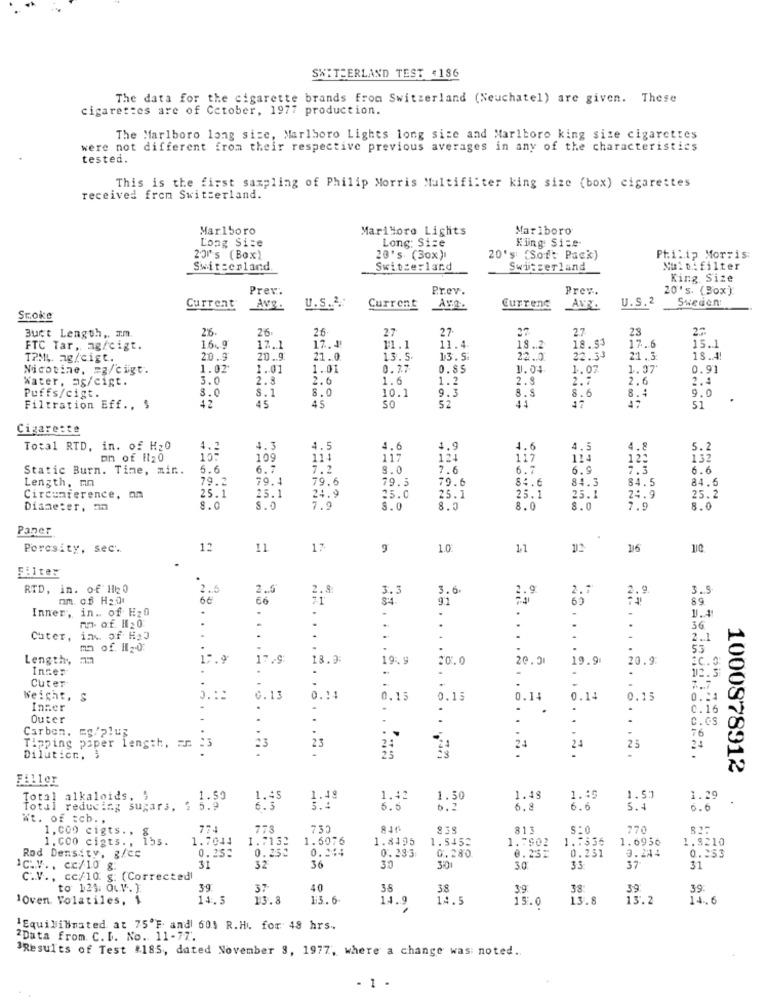
SWITZERLAND TEST <186
The data for the cigarette brands from Switzerland (Neuchatel) are given. These
cigarettes are of Cetober, 1977 production.
The Marlboro long sice, Marlboro Lights long size and Marlboro king size cigarettes
were not different from their respective previous averages in any of the characteristics
tested.
This is the first sampling of Philip Morris Multifilter king size (box) cigarettes
received from Switzerland.
Marlboro
MariMore Lights
Marlboro
Long Sice
Kiing: Size-
Long: Size
201's (Box)
20's (30x):
20's (Soft Pack)
Philip Morris:
Switzerland.
Switzerland
Switzerland
Nuit: filter
King Size
Prev:
P.r.ev.
Prev.
20's. (Box)
U.S.2
Sweden:
Current
Avg.
U.S.3 .:
Current
Ara.
Current
AVE.
Smoke
26.
26-
27
27
Buct Length ,. m.m.
26-
27
27-
18.53
23
FTC Tar, ag/cigt.
16.ª
17.1
17.4
11.4
18.2
17.6
15.1
TML ag/cigt.
20.9
20. 9
21.0
13.5.
13.5:
22.0
22.33
21.3
18.4
Nicotine, = g/cigt.
1.02'
1.01
1.01
0.77
0.85
1.04
1.07
1.37
0.91
Water, as/cigt.
3.0
2.8
2.6
1.6
1.2
2.9
2.7
2.6
2.4
8.0
$.1
8.0
9.3
8.6
8.4
9.0
Puffs/cigt.
10.1
.
Filtration Eff .. $
42
45
45
SO
52
41
51
Cigarette
Total RTD, in. of H20
4.2
4.3
4.5
4.6
4.9
4.6
4.5
4.8
5.2
on of it20
109
114
117
124
117
114
12:
1,32
Static Burn. Time, min ..
5.6
6.7
7.2
8.0
7.6
6.7
6.9
7.3
6.6
Length, mn
79.2
79.1
79.6
79.5
79.6
84.6
84.3
84.5
84.6
25.1
24.9
25.1
Circunference, On
25.1
25.0
25.1
25.1
24.9
25.2
Diameter, ma
8.0
S.0
7.9
8.0
8.0
8.0
8.0
7.9
8.0
Paper
Porosity, sec'.
12
11
17
1.0
11
16
110
Filter
RTD, in. of 120
2.5
2 .. 5
2.
3.3
3.6.
2.9
2.7
2.9
3.5
66
71
84.
89
Inner, in .. of H20
1.4
-
mn- of. Il 20
36
Cuter,
:
.. .
.
2.1
mn of. Il2.0.
53
Lengthy
17.9
17.9
18.9:
19.9
20.0
20.31
19.9
20.9
:C.
Inser
112
Cuter
-
-
7.7.
Weight, S
..::
0.13
0. ::
0.15
0.15
0.14
0.14
0.15
0. .
Inzer
..
0.16
Outer
C.Cs
Carbon. My/plus
76
Tipping paper length, == 23
23
24
24
25
25
Dilution,
1000878912
Filler
1.53
Total alkaloids. "
1.59
1.45
1.48
1.42
1.50
1.48
1.49
1.29
.
tal reducing sugars, 2 5.9
6.3
5. 5
6.2
6.8
6.6
5.4
0.6
Wt. of :cb ..
1.000 cigts ., g
773
732
841
811
S:0
770
1. c00 cigts ., 153.
1.7044
1.7132
1.5076
1.8495
1.5450
1.7902
1.7536
1.6936
1.8210
0.244
Rod Density, g/cc
0.252
0.25℃
0.233
0.280
0.23T
0.251
3.284
0.253
C.V ., cc/10 g:
31
32
36
30
3:01
30
33
37
31
C.V ., cc/10 g: (Corrected
to 125. O.V. ).
39.
37
40
35
38
3:9
38
39
39.
loven Volatiles, 1
11.5
13.8
13.6
14.9
14.5
15.0
13.8
13.2
14.6
"Equilibinated at 75'F and 601 R.H .. for 48 hrs.
2Data from. C. D. No. 11-77.
BResults of Test $185, dated November 3, 1977, where a change was: noted ..
- 1 .